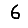
Digit: 6